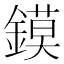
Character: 鏌